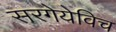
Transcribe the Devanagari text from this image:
सरगेयेविच